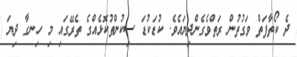
ދެ ކޯތާފަތް ވަގުތުން ރަތްވެގެންދިޔައެވެ. ކުޑަކުޑަ ސިކުންތުކޮޅެއްގެ ތެރޭގައި މި ހިނގާ ދިޔަ